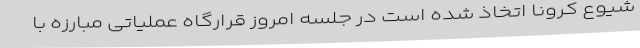
شیوع کرونا اتخاذ شده است در جلسه امروز قرارگاه عملیاتی مبارزه با